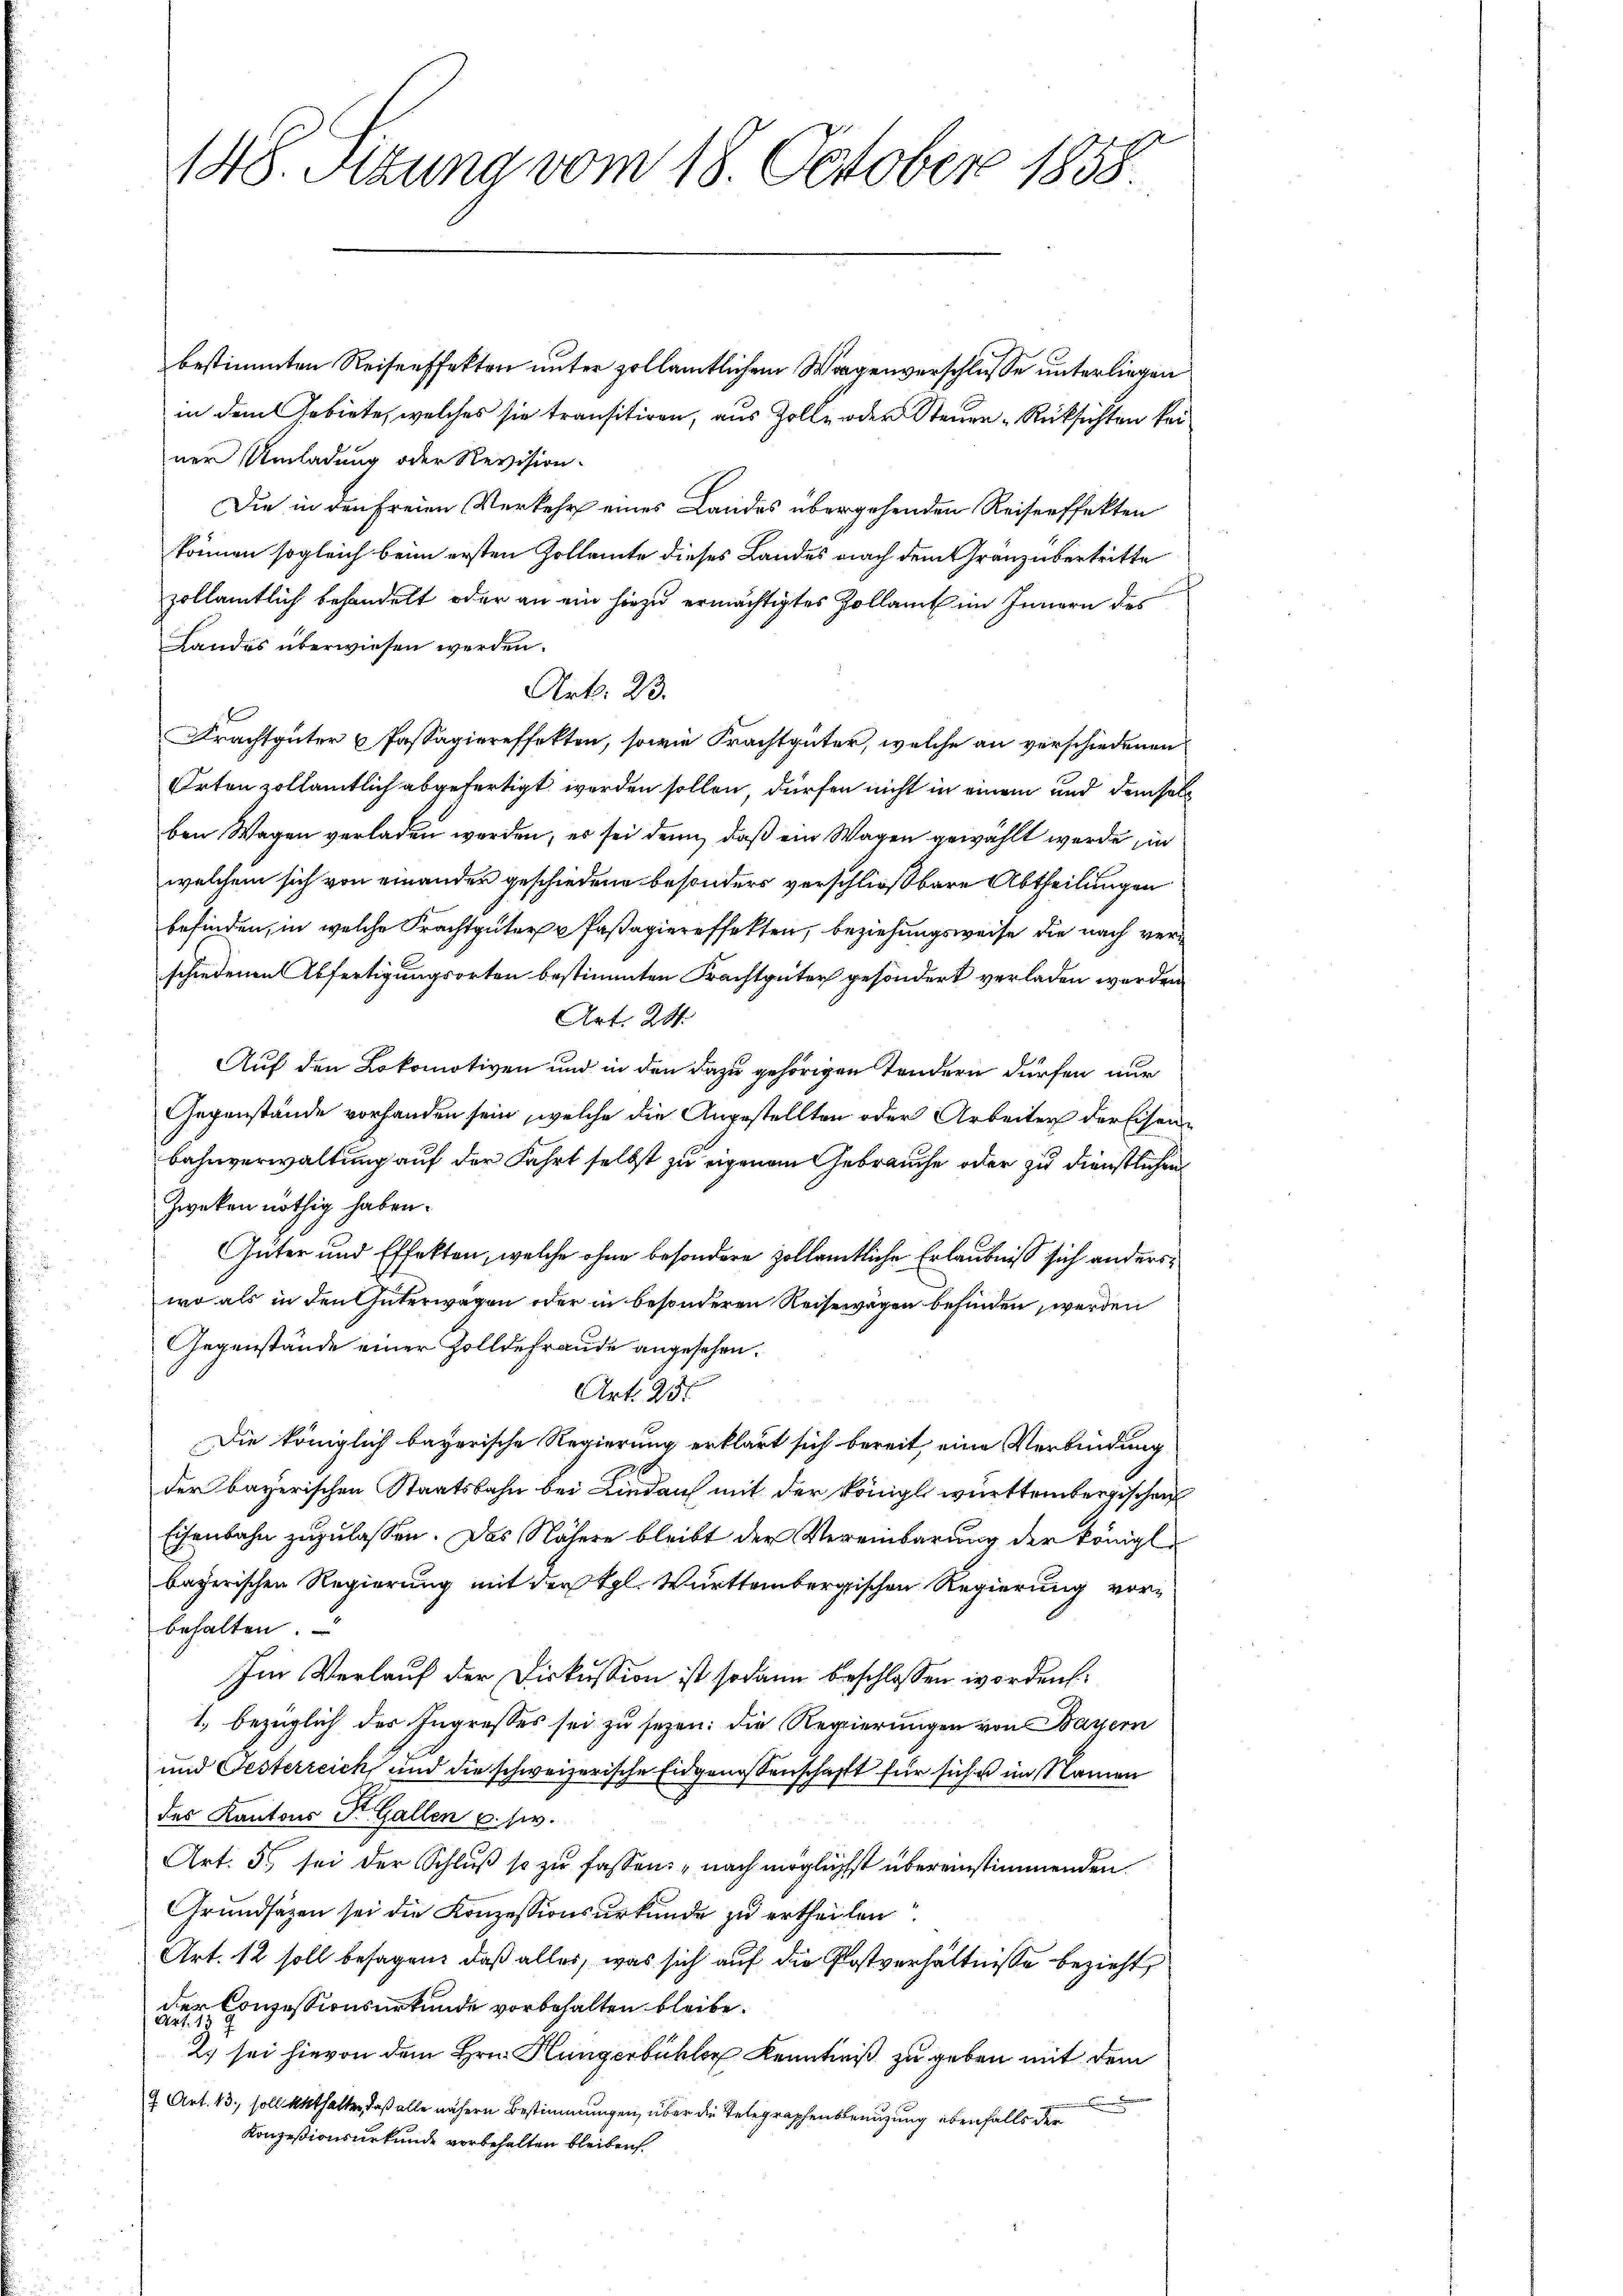
148. Sitzung vom 18. October 1858.

bestimmten Reisenffekten unter zollämtlichen Wagenverschlusse unterliegen
in dem Gebiete, welches sie transitiren, aus Zolle oder Steuer Rücksichten kei
ner Umladung oder Revision.
Die in den Freien Verkehr eines Landes übergehenden Reiserffekten
können sogleich beim ersten Zollamte dieses Landes nach dem Gränz übertritte
zollämtlich behandelt oder an ein hiezu ermächtigtes Zollamt im Innern des
Landes überwiesen werden.
Art. 23.
Frachtgüter u Passagiereffekten, sowie Frachtgüter, welche an verschiedenen
Orten zollamtlich abgefertigt werden sollen, dürfen nicht in einem und dem halb
ben Wagen verladen werden, es sei denn, daß ein Wagen gewählt werde in
welchem sich von einander geschiedene besonders verschließbare Abtheilungen
befinden, in welche Frachtgüter u Passagiereffekten, beziehungsweise die nach verschiedenen Abfertigungsorten bestimmten Frachtgüter gesondert verladen werden
Art. 241.
Auf den Lokomotiven und in den dazu gehörigen Sondern dürfen nur
Gegenstände vorhanden sein, welche die Angestellten oder Arbeiter der Eisenbahnverwaltung auf der Fahrt selbst zu eigenem Gebrauche oder zu dienstlichen
Zweken nöthig haben.
Güter und Effekten, welche ohne besondere zollamtliche Erlaubniß sich anderswo als in den Interwagen oder in besonderen Reisewägen befinden, werden
Gegenstände einer Zolldefraude angesehen.
Art. 2151
Die königlich bayerische Regierung erklärt sich bereit, eine Verbindung
der bayerischen Staatsbahn bei Lindau mit der Königl württembergischen
Eisenbahn zuzulassen. Das Nähere bleibt der Vereinbarung der königl.
bayerischen Regierung mit der Kgl. Württembergischen Regierung vorbehalten.
Im Verlauf der Diskussion ist sodann beschlossen worden.
1. bezüglich des Ingresses sei zu sezen: die Regierungen von Bayern
und Gesterreich, und die schweizerische Eidgenossenschaft für sich u im Namen
des Kantons St. Gallen u. s.
Art. 5. sei der Schluß so zu fassen: „nach möglichst übereinstimmenden
Grundsätzen sei die Konzessionsurkunde zu ertheilen
Art. 12 soll besagen, daß alles, was sich auf die Postverhältnisse bezieht,
der Conzessionsurkunde vorbehalten bleibe.
2. sei hievon dem Hrn. Hungerbüchler Kenntniß zu geben mit dem
.
7 Art. 13, soll enthalten, daß alle nähern Bestimmungen, über die Telegraphenbenuzung ebenfalls der
Konzesionsurkunde vorbehalten bleiben.